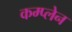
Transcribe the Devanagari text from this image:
कम्प्लेन